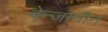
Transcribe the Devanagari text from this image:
बेन्जामीन